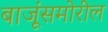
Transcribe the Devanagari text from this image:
बाजूंसमोरील